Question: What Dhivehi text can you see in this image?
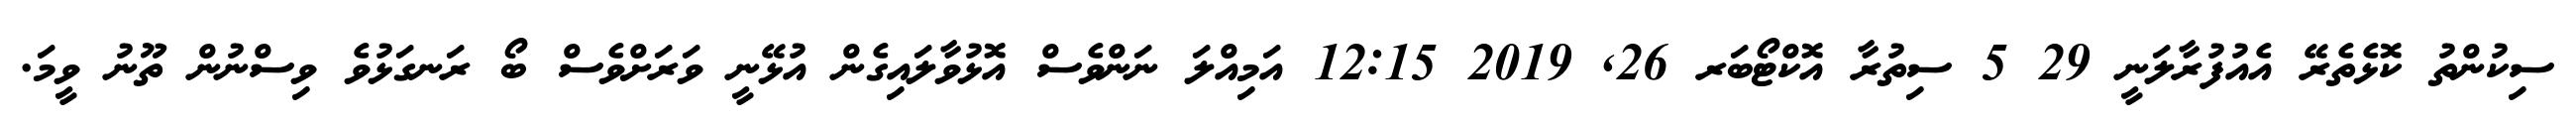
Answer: ސިކުންތު ކޮޅެތެރޭ އެއުފުރާލަނީ 29 5 ސިތުރާ އޮކްޓޯބަރ 26, 2019 12:15 އަމިއްލަ ނަންވެސް އޮޅުވާލައިގެން އުޅޭނީ ވަރަށްވެސް ބޯ ރަނގަޅުވެ ވިސްނުން ތޫނު ވީމަ.